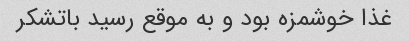
غذا خوشمزه بود و به موقع رسید باتشکر